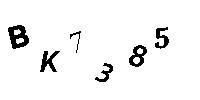
BK7385